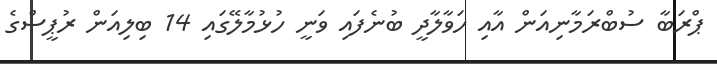
ޕްރަބާ ސުބްރަމާނިއަން އާއި ހަވާލާދީ ބުނެފައި ވަނީ ހުޅުމާލޭގައި 14 ބިލިއަން ރުޕީސްގެ